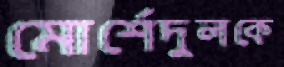
মোর্শেদুলকে